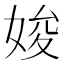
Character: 㛖